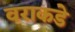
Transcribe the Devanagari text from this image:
वराकडे